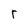
Character: r